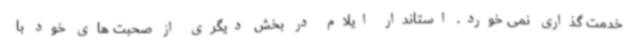
خدمت گذاری نمی خورد. استاندار ایلام در بخش دیگری از صحبت های خود با